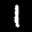
Label: 1